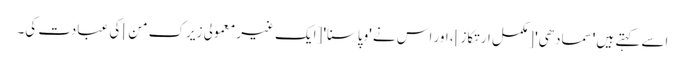
اسے کہتے ہیں 'سمادھی' [مکمل ارتکاز]، اور اس نے 'وپاسنا' [ایک غیر معمولی زیرک من] کی عبادت کی۔